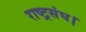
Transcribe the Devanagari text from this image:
राष्ट्रसंघ।